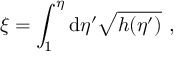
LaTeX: \xi = \int _ { 1 } ^ { \eta } \mathrm { d } \eta ^ { \prime } \sqrt { h ( \eta ^ { \prime } ) } ~ ,